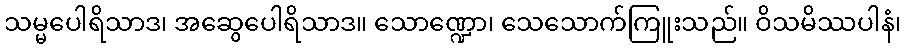
သမ္မပေါရိသာဒ၊ အဆွေပေါရိသာဒ။ သောဏ္ဍော၊ သေသောက်ကြူးသည်။ ဝိသမိဿပါနံ၊